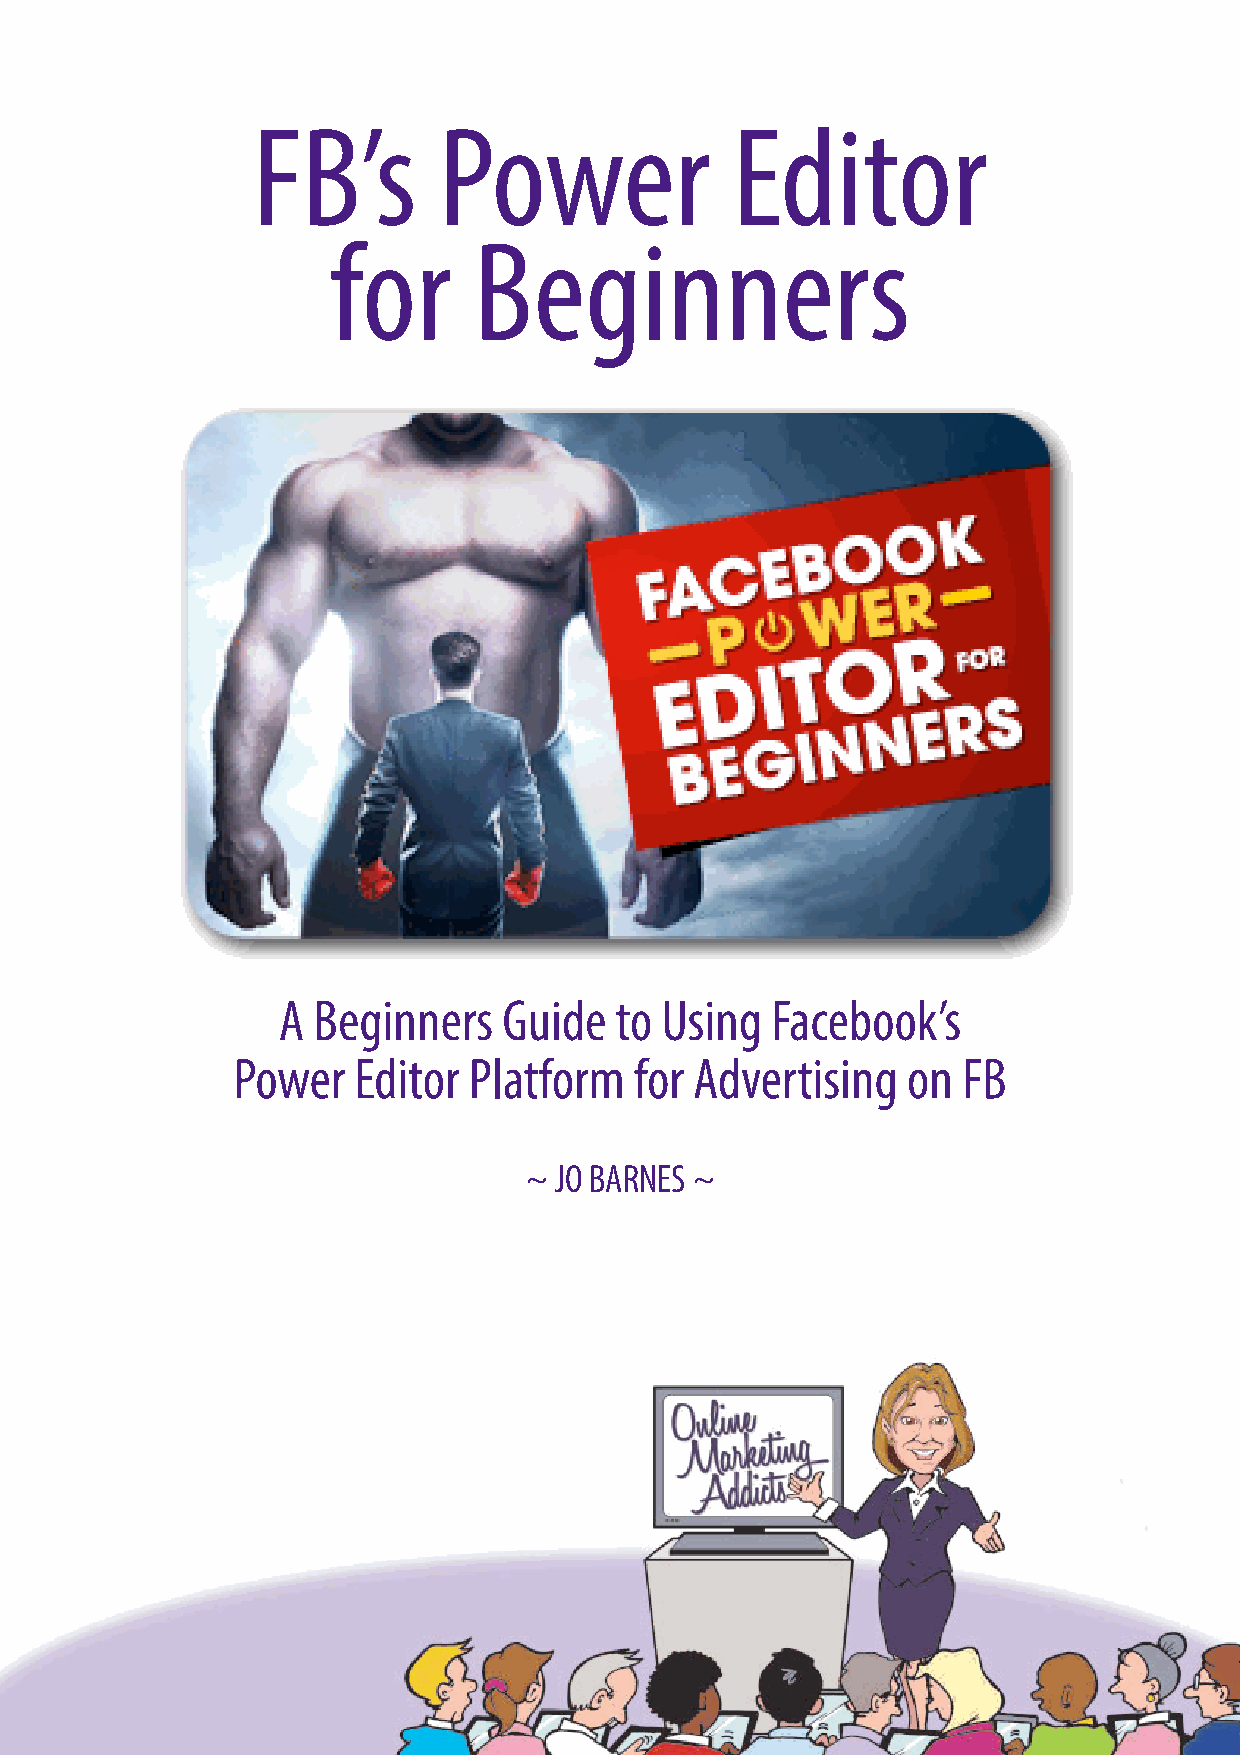
FB’s        Power              Editor
 for      Beginners
 A  Beginners   Guide   to Using  Facebook’s
 Power   Editor  Platform   for Advertising   on  FB
 ~ JO BARNES ~